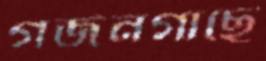
গর্জনগাছে